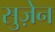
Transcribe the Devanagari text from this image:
सुज़ेन